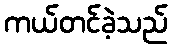
ကယ်တင်ခဲ့သည်